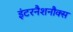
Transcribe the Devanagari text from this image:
इंटरनैशनौक्स